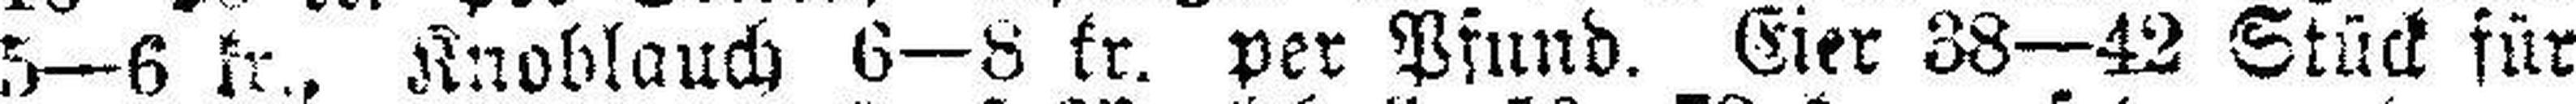
5—6 fr., Knoblauch 6—8 kr. per Pfund. Eier 38—42 Stück für